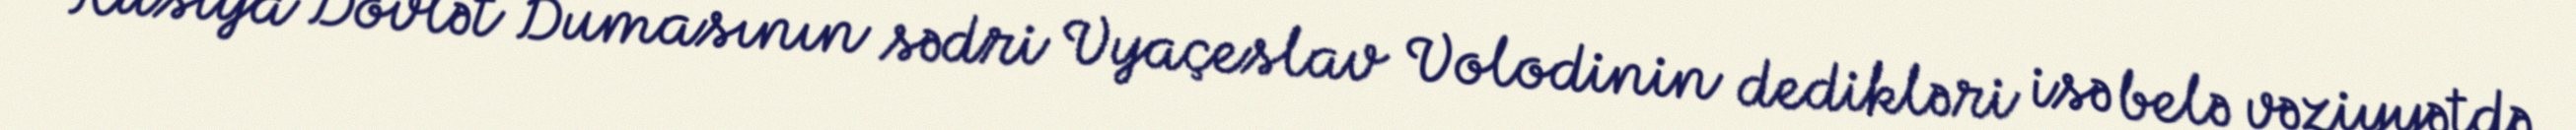
Rusiya Dövlət Dumasının sədri Vyaçeslav Volodinin dedikləri isə belə vəziyyətdə